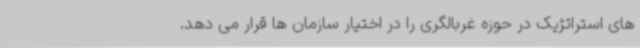
های استراتژیک در حوزه غربالگری را در اختیار سازمان ها قرار می دهد.